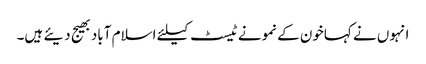
انہوں نے کہاخون کے نمونے ٹیسٹ کیلئے اسلام آبادبھیج دیئے ہیں۔